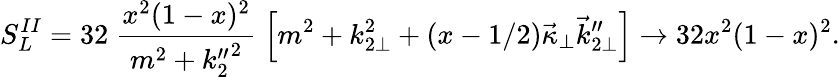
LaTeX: S_{L}^{II}=32\; \frac{x^{2}(1-x)^{2}}{m^{2}+{k_{2}^{\prime\prime}}^{2}}\; \left[m^{2}+k_{2\perp}^{2}+(x-1/2)\vec{\kappa}_{\perp}\vec{k}_{2\perp}^{\prime\prime}\right]\to 32x^{2}(1-x)^{2}.